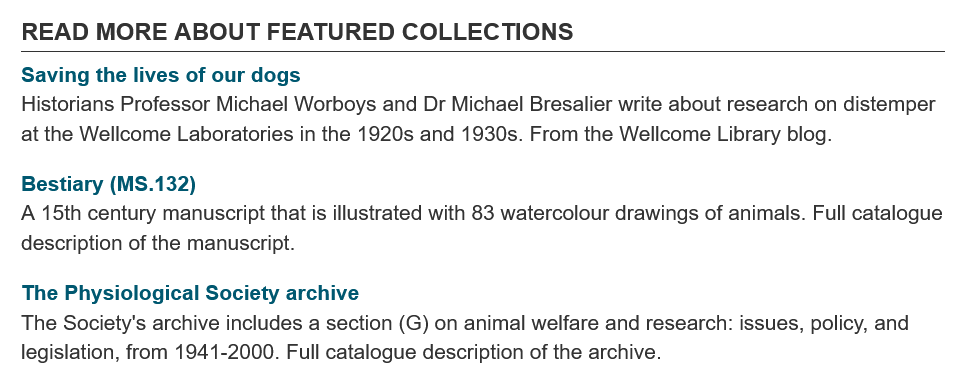
READ   MORE   ABOUT    FEATURED    COLLECTIONS
   Saving the lives of our dogs
   Historians Professor Michael Worboys and Dr Michael Bresalier write about research on distemper
   at the Wellcome Laboratories in the 1920s and 1930s. From the Wellcome Library blog.
   Bestiary (MS.132)
   The Physiological Society archive
  A  15th century manuscript that is illustrated with 83 watercolour drawings of animals. Full catalogue
   description of the manuscript.
  The  Society's archive includes a section (G) on animal welfare and research: issues, policy, and
   legislation, from 1941-2000. Full catalogue description of the archive.